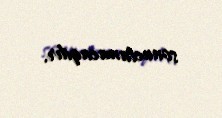
sonuclanacaqdır.